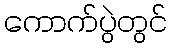
ကောက်ပွဲတွင်